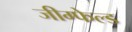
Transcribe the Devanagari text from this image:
जीग्फेल्ड